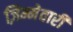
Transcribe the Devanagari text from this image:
ज़िम्मेवारी